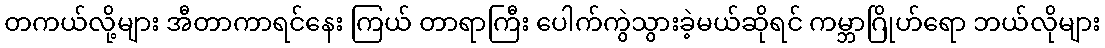
တကယ်လို့များ အီတာကာရင်နေး ကြယ် တာရာကြီး ပေါက်ကွဲသွားခဲ့မယ်ဆိုရင် ကမ္ဘာဂြိုဟ်ရော ဘယ်လိုများ